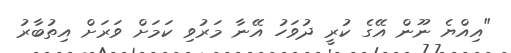
"އިއްޔެ ނޫން އޭގެ ކުރީ ދުވަހު އޭނާ މަރުވި ކަމަށް ވަަރަށް އިތުބާރު